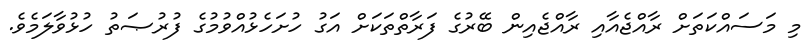
މި މަސައްކަތަށް ރާއްޖެއާއި ރާއްޖެއިން ބޭރުގެ ފަރާތްތަކަށް އަގު ހުށަހެޅުއްވުމުގެ ފުރުޞަތު ހުޅުވާލަމެވެ.